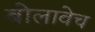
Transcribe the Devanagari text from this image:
बोलावेच